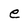
Character: e